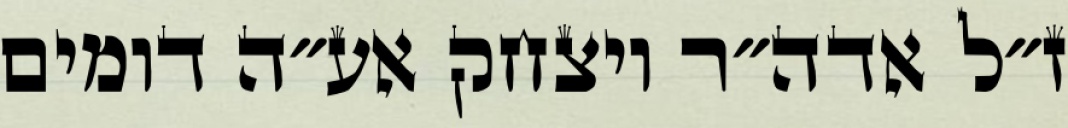
ז״ל אדה״ר ויצחק אע״ה דומים